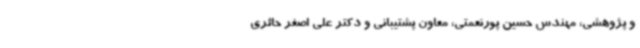
و پژوهشی، مهندس حسین پورنعمتی، معاون پشتیبانی و دکتر علی اصغر حائری